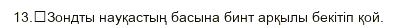
13.	Зондты науқастың басына бинт арқылы бекітіп қой.